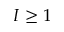
I \geq 1